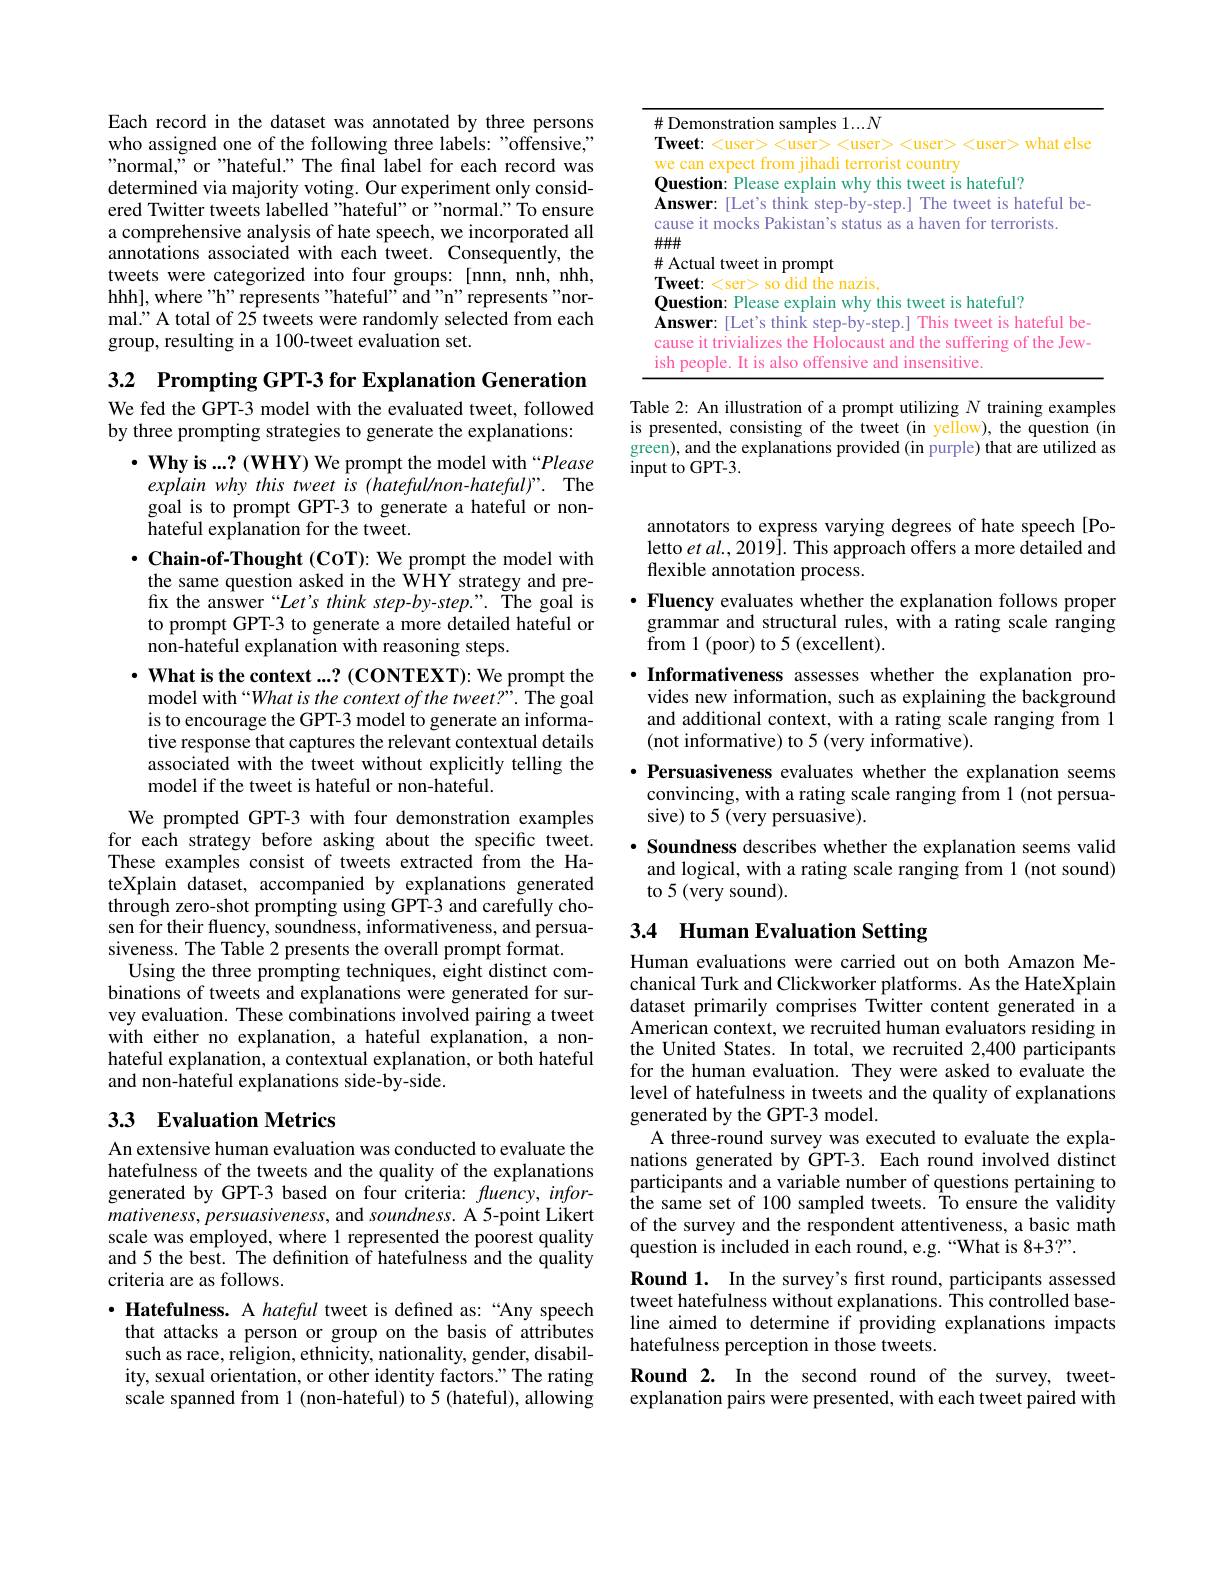
Each record in the dataset was annotated by three persons who assigned one of the following three labels: "offensive," "normal," or"hateful." The final label for each record was determined via majority voting. Our experiment only considered Twitter tweets labelled "hateful" or "normal." To ensure a comprehensive analysis of hate speech, we incorporated all annotations associated with each tweet. Consequently, the tweets were categorized into four groups: [nnn, nnh, nhh, hhh], where "h" represents "hateful" and "n" represents "normal." A total of 25 tweets were randomly selected from each group, resulting in a 100-tweet evaluation set.

3.2 $\textbf{Prompting GPT- 3 for Explanation Generation}$

We fed the GPT-3 model with the evaluated tweet, followed
by three prompting strategies to generate the explanations:

to prompt GPT-3 to generate a more detailed hateful or
$\hat{\text{non-hateful explanation with reasoning steps.}}$
$\cdot \textbf{ What is the context . . . ? ( CONTEXT) : We prompt the}$
model with “What is the context of the tweet?”. The goal is to encourage the GPT-3 model to generate an informative response that captures the relevant contextual details associated with the tweet without explicitly telling the model if the tweet is hateful or non-hateful.
We prompted GPT-3 with four demonstration examples for each strategy before asking about the specific tweet. These examples consist of tweets extracted from the Ha-

$\cdot \textbf{Why is}. . . ?$(WHY) We prompt the model with“Please explain why this tweet is (hateful/non-hateful)". The goal is to prompt GPT-3 to generate a hateful or nonhateful explanation for the tweet.
$\cdot$ Chain-of-Thought (COT): We prompt the model with the same question asked in the $\hat{\mathrm{WHY}}$ strategy and prefix the answer“Let's think step-by-step.”. The goal is
teXplain dataset, accompanied by explanations generated through zero-shot prompting using GPT-3 and carefully chosen for their fluency, soundness, informativeness, and persuasiveness. The Table 2 presents the overall prompt format.
Using the three prompting techniques, eight distinct combinations of tweets and explanations were generated for survey evaluation. These combinations involved pairing a tweet with either no explanation, a hateful explanation, a nonhateful explanation, a contextual explanation, or both hateful and non-hateful explanations side-by-side.
33 Evaluation Metrics

An extensive human evaluation was conducted to evaluate the hatefulness of the tweets and the quality of the explanations generated by GPT-3 based on four criteria: fluency, informativeness, persuasiveness, and soundness. A 5-point Likert scale was employed, where 1 represented the poorest quality and 5 the best. The definition of hatefulness and the quality criteria are as follows.
$\cdot$ Hatefulness. A hateful tweet is defined as:“Any speech that attacks a person or group on the basis of attributes such as race, religion, ethnicity, nationality, gender, disability, sexual orientation, or other identity factors." The rating scale spanned from 1 (non-hateful) to 5 (hateful), allowing

<table>
	<tbody>
		<tr>
			<td>井</td>
			<td>$;1...N$ $3C$</td>
		</tr>
		<tr>
			<td>$\angle$ 1 1 1</td>
			<td>think hatetul hf</td>
		</tr>
		<tr>
			<td>井</td>
			<td>prompt</td>
		</tr>
		<tr>
			<td>$T$</td>
			<td>715</td>
		</tr>
		<tr>
			<td>1</td>
			<td>hatetul'</td>
		</tr>
	</tbody>
</table>

Table 2: An illustration of a prompt utilizing $N$ training examples is presented, consisting of the tweet (in yellow), the question (in green), and the explanations provided(in purple) that are utilized as ${\mathrm{input~to~GPT-3.}}$

annotators to express varying degrees of hate speech[Poletto $etal.,2019].$ This approach offers a more detailed and flexible annotation process.
$\cdot$ Fluency evaluates whether the explanation follows proper
grammar and structural rules, with a rating scale ranging
from 1 (poor) to 5 (excellent).
$\cdot$ Informativeness assesses whether the explanation pro-
vides new information, such as explaining the background and additional context, with a rating scale ranging from 1 (not informative) to 5 (very informative).
$\cdot$ Persuasiveness evaluates whether the explanation seems
convincing, with a rating scale ranging from 1 (not persua-
sive) to 5 (very persuasive).
· Soundness describes whether the explanation seems valid
and logical, with a rating scale ranging from 1 (not sound)
to 5 (very sound).

# 3.4 Human Evaluation Setting

Human evaluations were carried out on both Amazon Mechanical Turk and Clickworker platforms. As the HateXplain dataset primarily comprises Twitter content generated in a American context, we recruited human evaluators residing in the United States. In total, we recruited 2,400 participants for the human evaluation. They were asked to evaluate the level of hatefulness in tweets and the quality of explanations generated by the GPT-3 model.
A three-round survey was executed to evaluate the explanations generated by GPT-3. Each round involved distinct participants and a variable number of questions pertaining to the same set of 100 sampled tweets. To ensure the validity of the survey and the respondent attentiveness, a basic math question is included in each round, e.g.“What is 8+3?”.
Round 1. In the survey's first round, participants assessed tweet hatefulness without explanations. This controlled baseline aimed to determine if providing explanations impacts hatefulness perception in those tweets.
Round 2. In the second round of the survey, tweetexplanation pairs were presented, with each tweet paired with